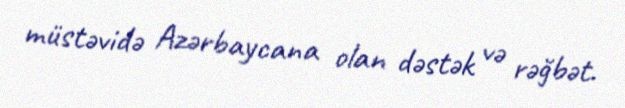
müstəvidə Azərbaycana olan dəstək və rəğbət.